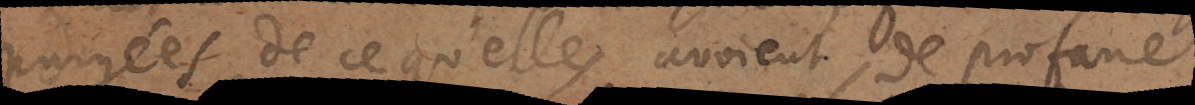
purgées de ce qu’elles avoient de profane,